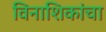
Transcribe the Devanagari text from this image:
विनाशिकांचा